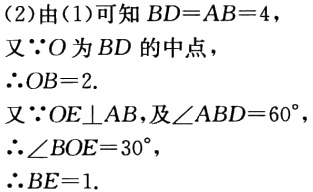
(2)由(1)可知 \(BD = AB = 4\)，
又\(\because O\)为 \(BD\)的中点，
\(\therefore OB = 2\).
又\(\because OE\perp AB\)，及\(\angle ABD = 60^{\circ}\)
\(\therefore\angle BOE = 30^{\circ}\)，
\(\therefore BE = 1\).